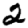
Digit: 2